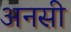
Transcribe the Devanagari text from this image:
अनसी